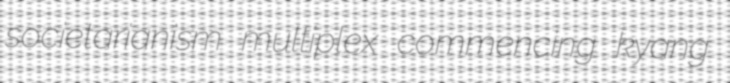
societarianism multiplex commencing kyang